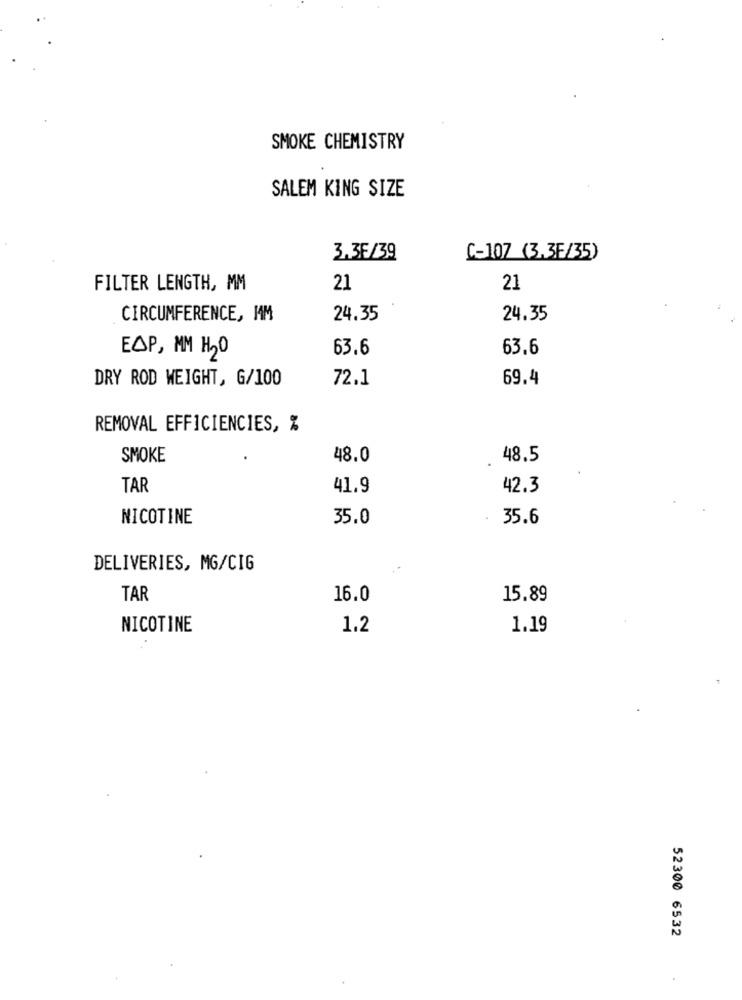
SMOKE CHEMISTRY
SALEM KING SIZE
3.3F/39
C-107 (3,35/35)
FILTER LENGTH, MM
21
21
CIRCUMFERENCE, MM
24.35
24.35
63.6
63.6
EAP, MM H20
DRY ROD WEIGHT, G/100
72.1
69.4
REMOVAL EFFICIENCIES, %
SMOKE
48.0
48.5
TAR
41.9
42.3
NICOTINE
35.0
35.6
DELIVERIES, MG/CIG
TAR
16.0
15.89
NICOTINE
1.2
1.19
52300 6532